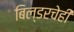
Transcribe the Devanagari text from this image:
बिल्डरचेही